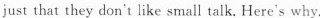
just that they don't like small talk. Here's why.